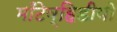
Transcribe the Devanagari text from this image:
माँटेव्हिडीयो